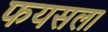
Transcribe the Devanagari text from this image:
फयसला